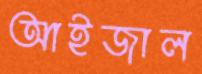
আইজাল